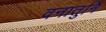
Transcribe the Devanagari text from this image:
वनातुनि